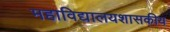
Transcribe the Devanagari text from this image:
महाविद्यालयशासकीय